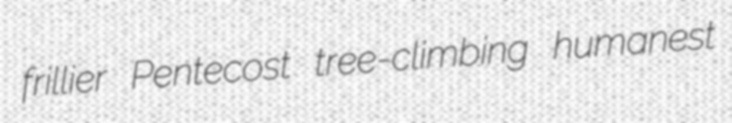
frillier Pentecost tree-climbing humanest